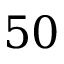
5 0